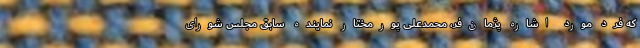
که فرد مورد اشاره پژمان‌‌فر، محمدعلی پورمختار نماینده سابق مجلس شورای